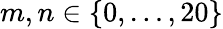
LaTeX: m,n\in\{ 0,\ldots,20\}